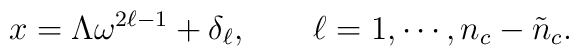
x = \Lambda \omega^{2\ell-1} + \delta_{\ell},                \qquad \ell = 1, \cdots, n_{c}-\tilde{n}_{c}.